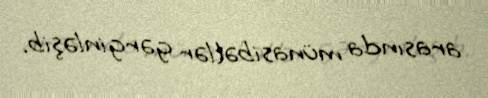
arasında münasibətlər gərginləşib.